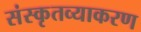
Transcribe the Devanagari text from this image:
संस्कृतव्याकरण